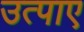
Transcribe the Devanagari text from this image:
उत्पाए